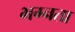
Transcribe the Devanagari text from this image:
भग्नता